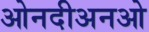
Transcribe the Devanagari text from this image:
ओनदीअनओ